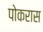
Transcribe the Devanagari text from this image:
पोकरास